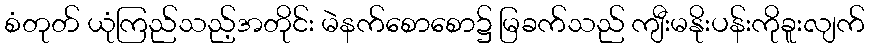
စံတုတ် ယုံကြည်သည့်အတိုင်း မဲနက်စောစော၌ မြခက်သည် ကျီးမနိုးပန်းကိုခူးလျက်